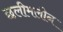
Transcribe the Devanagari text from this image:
छलीमलीन